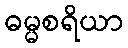
ဓမ္မစရိယာ